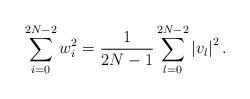
LaTeX: \begin{align*}\sum\limits_{i=0}^{2N-2}w^2_i = \frac{1}{2N-1} \sum\limits_{l=0}^{2N-2}\left | v_l\right |^2.\end{align*}